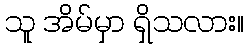
သူ အိမ်မှာ ရှိသလား။